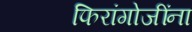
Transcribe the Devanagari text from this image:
फिरांगोजींना